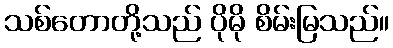
သစ်တောတို့သည် ပိုမို စိမ်းမြသည်။